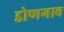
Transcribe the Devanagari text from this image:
डोणगाव